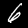
Label: 6